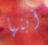
أبنها